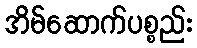
အိမ်ဆောက်ပစ္စည်း